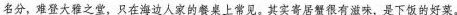
名分，难登大雅之堂，只在海边人家的餐桌上常见。其实寄居蟹很有滋味，是下饭的好菜。